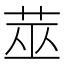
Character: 莁